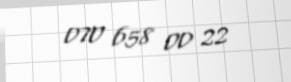
070 658 00 22